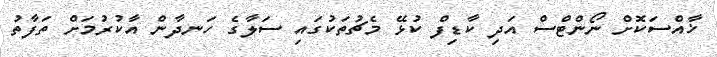
ޚާއްސަކޮށް ނޯންޓްސް އަދި ކާޑިފް ކުޅޭ މެޗުތަކުގައި ސަލާގެ ހަނދާން އާކުރުމަށް ތަފާތު